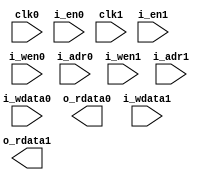
module xil_mem_dp_1024x8 (
  input             clk0,
  input             i_en0,
  input             i_wen0,
  input       [9:0] i_adr0,
  input       [7:0] i_wdata0,
  output      [7:0] o_rdata0,
  input             clk1,
  input             i_en1,
  input             i_wen1,
  input       [9:0] i_adr1,
  input       [7:0] i_wdata1,
  output      [7:0] o_rdata1
);
  
  // ==========================================================================
  // Simulation model
  // ==========================================================================
  // synthesis translate_off

  reg [7:0] mem_q [0:1023];
  reg  [9:0] adr0_q;
  reg  [9:0] adr1_q;

  // Port 0
  always @(posedge clk0) begin
    if (i_en0) begin

      adr0_q <= #`dh i_adr0;

      if (i_wen0) begin
        mem_q[i_adr0] <= #`dh i_wdata0;
      end

    end
  end

  assign o_rdata0 = mem_q[adr0_q];


  // Port 1
  always @(posedge clk1) begin
    if (i_en1) begin

      adr1_q <= #`dh i_adr1;

      if (i_wen1) begin
        mem_q[i_adr1] <= #`dh i_wdata1;
      end

    end
  end

  assign o_rdata1 = mem_q[adr1_q];


  // ==========================================================================
  // Synthesis per-family models
  // ==========================================================================
  // synthesis translate_on

  `ifdef SYNTH_SPARTAN6 
  `define SYNTH_WIRES
  `endif

  `ifdef SYNTH_VIRTEX5
  `define SYNTH_WIRES
  `endif

  `ifdef SYNTH_WIRES

    wire [15:0] wdata0 = {8'b0, i_wdata0};
    wire [15:0] wdata1 = {8'b0, i_wdata1};
    wire  [1:0] wpar0  = 2'b0;
    wire  [1:0] wpar1  = 2'b0;
    wire  [1:0] wen0   = {i_wen0, i_wen0};
    wire  [1:0] wen1   = {i_wen1, i_wen1};

    `define MEM_WIDTH 9 
    wire [12:0] adr0   = {i_adr0, 3'b0};
    wire [12:0] adr1   = {i_adr1, 3'b0};

    wire [15:0] rdata0;
    wire [15:0] rdata1;
    wire  [1:0] rpar0;
    wire  [1:0] rpar1;

    assign o_rdata0 = rdata0[7:0];
    assign o_rdata1 = rdata1[7:0];

  `endif

  `ifdef SYNTH_SPARTAN6

    RAMB8BWER # (
      .DATA_WIDTH_A     ( `MEM_WIDTH ),
      .DATA_WIDTH_B     ( `MEM_WIDTH ),
      .DOA_REG          ( 0 ),
      .DOB_REG          ( 0 ),
      .EN_RSTRAM_A      ( 0 ),
      .EN_RSTRAM_B      ( 0 ),
      .SIM_COLLISION_CHECK ( "GENERATE_X_ONLY" ),
      .RAM_MODE         ( "TDP" ),
      .WRITE_MODE_A     ( "WRITE_FIRST" ),
      .WRITE_MODE_B     ( "WRITE_FIRST" )
    ) i0_RAMB8BWER (
      .CLKAWRCLK        ( clk0 ),
      .CLKBRDCLK        ( clk1 ),
      .ENAWREN          ( i_en0 ),
      .ENBRDEN          ( i_en1 ),
      .REGCEA           ( 1'b1 ),
      .REGCEBREGCE      ( 1'b1 ),
      .RSTA             ( 1'b0 ),
      .RSTBRST          ( 1'b0 ),
      .ADDRAWRADDR      ( adr0 ),
      .ADDRBRDADDR      ( adr1 ),
      .WEAWEL           ( wen0 ),
      .WEBWEU           ( wen1 ),
      .DIADI            ( wdata0 ),
      .DIBDI            ( wdata1 ),
      .DIPADIP          ( wpar0 ),
      .DIPBDIP          ( wpar1 ),
      .DOADO            ( rdata0 ),
      .DOBDO            ( rdata1 ),
      .DOPADOP          ( rpar0 ),
      .DOPBDOP          ( rpar1 )
    );

  `endif

  `ifdef SYNTH_VIRTEX5

    RAMB18 # (
      .WRITE_WIDTH_A    ( `MEM_WIDTH ),
      .WRITE_WIDTH_B    ( `MEM_WIDTH ),
      .READ_WIDTH_A     ( `MEM_WIDTH ),
      .READ_WIDTH_B     ( `MEM_WIDTH ),
      .DOA_REG          ( 0 ),
      .DOB_REG          ( 0 ),
      .WRITE_MODE_A     ( "WRITE_FIRST" ),
      .WRITE_MODE_B     ( "WRITE_FIRST" )
    ) i0_RAMB18 (
      .CLKA             ( clk0 ),
      .CLKB             ( clk1 ),
      .ENA              ( i_en0 ),
      .ENB              ( i_en1 ),
      .REGCEA           ( 1'b1 ),
      .REGCEB           ( 1'b1 ),
      .SSRA             ( 1'b0 ),
      .SSRB             ( 1'b0 ),
      .ADDRA            ( {1'b0, adr0} ), // +1 bit (double than spartan-6)
      .ADDRB            ( {1'b0, adr1} ),
      .WEA              ( wen0 ),
      .WEB              ( wen1 ),
      .DIA              ( wdata0 ),
      .DIB              ( wdata1 ),
      .DIPA             ( wpar0 ),
      .DIPB             ( wpar1 ),
      .DOA              ( rdata0 ),
      .DOB              ( rdata1 ),
      .DOPA             ( rpar0 ),
      .DOPB             ( rpar1 )
    );

  `endif

endmodule